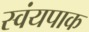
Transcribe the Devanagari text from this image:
स्वंयपाक